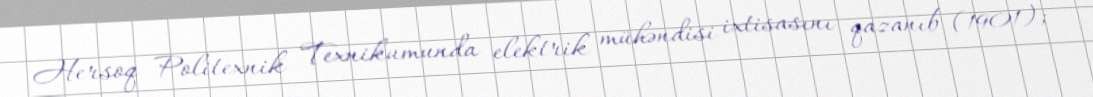
Hersoq Politexnik Texnikumunda elektrik mühəndisi ixtisasını qazanıb (1901);